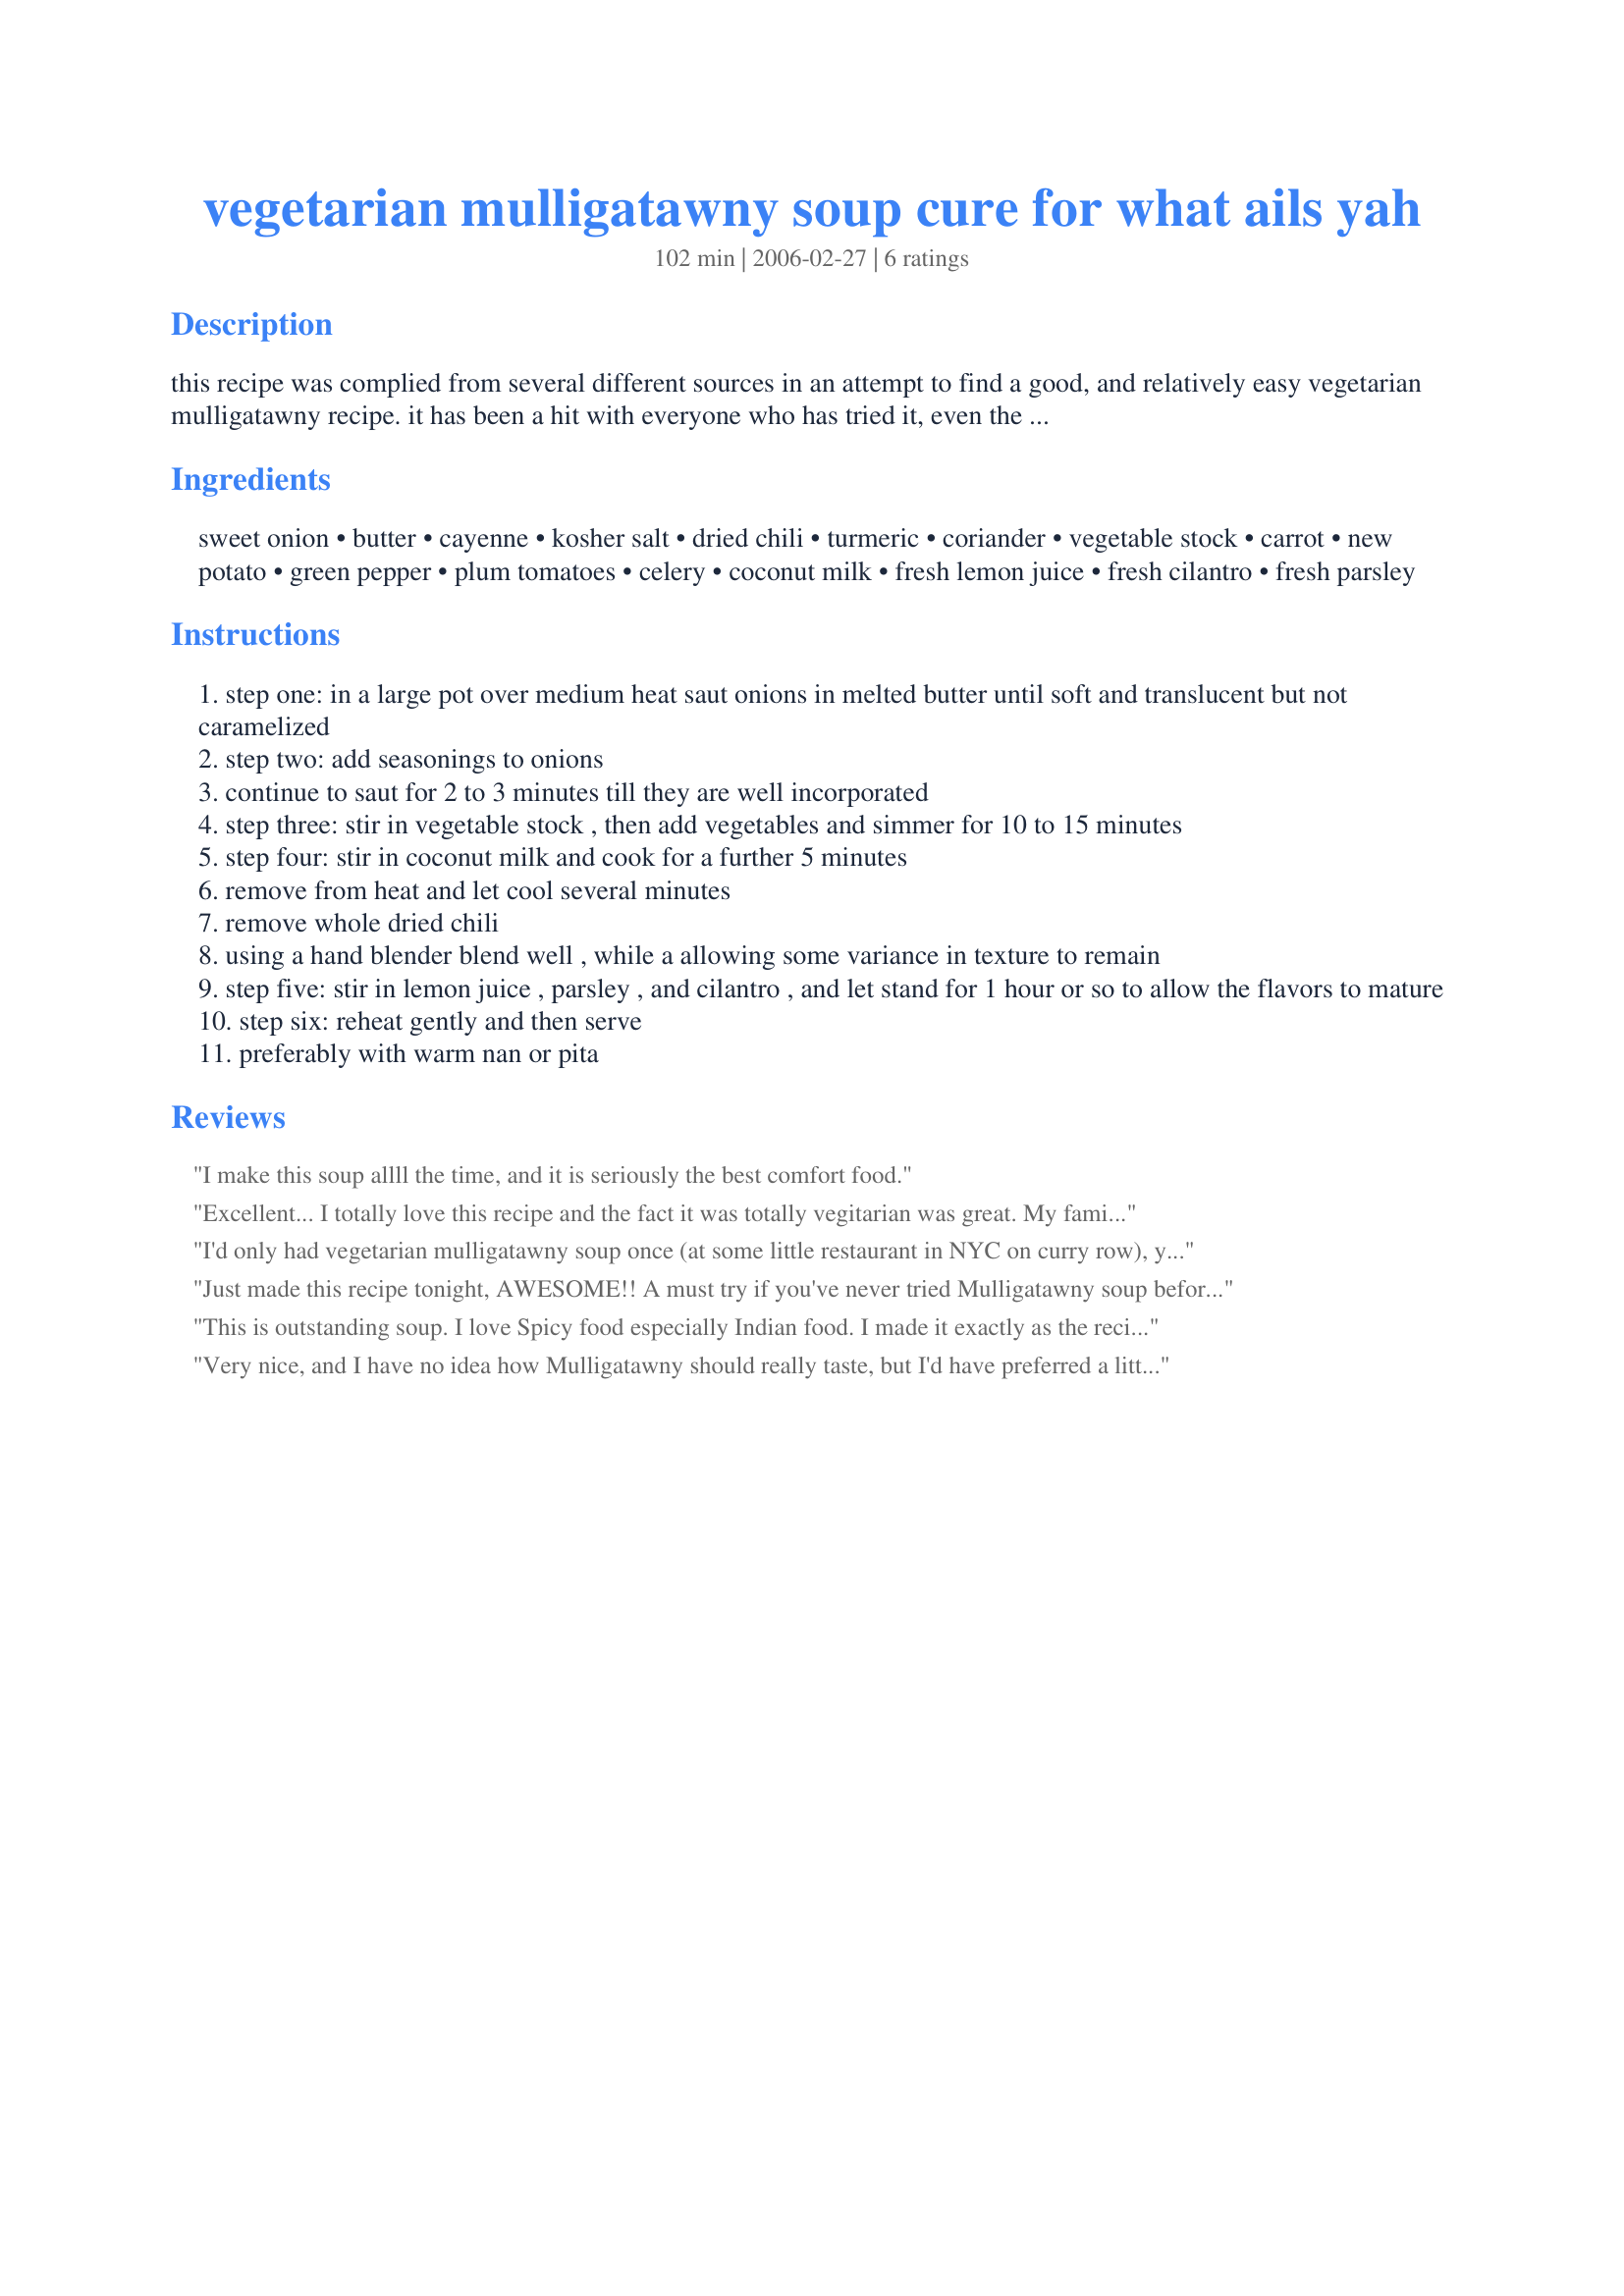
vegetarian mulligatawny soup cure for what ails yah
Preparation time: 102 minutes

this recipe was complied from several different sources in an attempt to find a good, and relatively easy vegetarian mulligatawny recipe. it has been a hit with everyone who has tried it, even the pickiest eaters (aka: my sister). in fact, my wife believes it to be a virtual cure all.... so step aside chicken soup!

Ingredients:
sweet onion, butter, cayenne, kosher salt, dried chili, turmeric, coriander, vegetable stock, carrot, new potato, green pepper, plum tomatoes, celery, coconut milk, fresh lemon juice, fresh cilantro, fresh parsley

Steps:
step one: in a large pot over medium heat saut onions in melted butter until soft and translucent but not caramelized
step two: add seasonings to onions
continue to saut for 2 to 3 minutes till they are well incorporated
step three: stir in vegetable stock , then add vegetables and simmer for 10 to 15 minutes
step four: stir in coconut milk and cook for a further 5 minutes
remove from heat and let cool several minutes
remove whole dried chili
using a hand blender blend well , while a allowing some variance in texture to remain
step five: stir in lemon juice , parsley , and cilantro , and let stand for 1 hour or so to allow the flavors to mature
step six: reheat gently and then serve
preferably with warm nan or pita

Reviews:
I make this soup allll the time, and it is seriously the best comfort food.
Excellent... I totally love this recipe and the fact it was totally vegitarian was great. My family have asked for this soup repeatedly since I first made it!!! It really does make you feel better when you are not 100%... Makes me think of a warm summer day.
I'd only had vegetarian mulligatawny soup once (at some little restaurant in NYC on curry row), years ago, but had often wished I'd find another non-chicken version.
I thought about it again yesterday, and googled some recipes. This sounded like the best one, and I had nearly all the ingredients. I did omit the potato and the whole dried chili, but added yellow dal, freshly grated ginger and some crushed red pepper; and subbed light coconut milk for the regular.
IT WAS FANTASTIC!!!
I also made my first garlic naan--from another site--to serve with it, and both were utterly delicious. I'll definitely be making this again!
Just made this recipe tonight, AWESOME!! A must try if you've never tried Mulligatawny soup before and if you've tried it before, this recipe will knock your socks off!!
This is outstanding soup. I love Spicy food especially Indian food. I made it exactly as the recipe said, no improvisation. I LOVE IT!
Very nice, and I have no idea how Mulligatawny should really taste, but I'd have preferred a little more of a chili kick to it.
